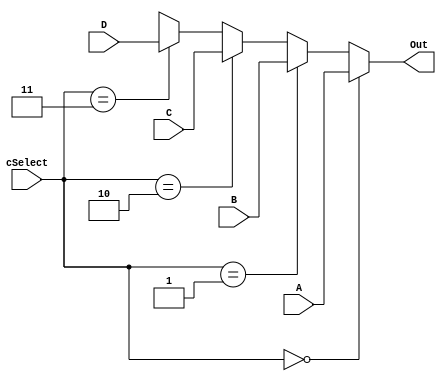
`timescale 1ns / 1ps
//////////////////////////////////////////////////////////////////////////////////
// Company: 
// Engineer: 
// 
// Design Name: 
// Module Name: Mux_32Bit_4To1_C
// Project Name: 
// Target Devices: 
// Tool Versions: 
// Description: 
// 
// Dependencies: 
// 
// Revision:
// Revision 0.01 - File Created
// Additional Comments:
// 
//////////////////////////////////////////////////////////////////////////////////


module Mux_32Bit_4To1_C(A, B, C, D,
                        cSelect,
                        Out);
                        
    input [31:0] A;
    input [31:0] B;
    input [31:0] C;
    input [31:0] D;
    input [1:0] cSelect;
    
    output [31:0] Out;

    /* Fill in the implementation here ... */
    
    assign Out = (cSelect == 2'd0) ? A :
                 (cSelect == 2'd1) ? B :
                 (cSelect == 2'd2) ? C :
                 (cSelect == 2'd3) ? D :
                 32'bX;

endmodule